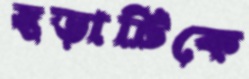
ছড়াটিকে